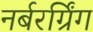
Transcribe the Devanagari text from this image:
नर्बरर्ग्रिंग